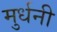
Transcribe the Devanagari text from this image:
मुर्धनी